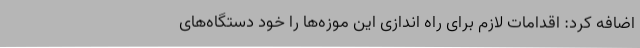
اضافه کرد: اقدامات لازم برای راه اندازی این موزه‌ها را خود دستگاه‌های